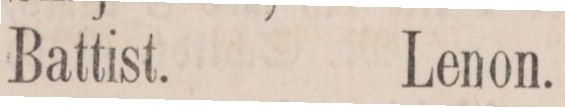
Battist.    Lenon.